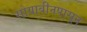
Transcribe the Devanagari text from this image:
सोयाबीनपासून